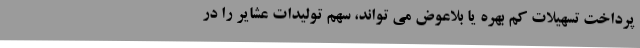
پرداخت تسهیلات کم بهره یا بلاعوض می تواند، سهم تولیدات عشایر را در